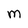
Character: M